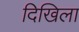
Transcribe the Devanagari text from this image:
दिखिला